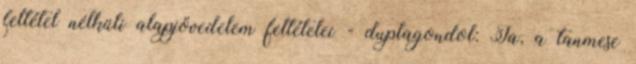
feltétel nélküli alapjövedelem feltételei - duplagondol: Ja, a tanmese